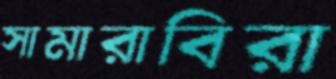
সামারাবিরা